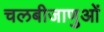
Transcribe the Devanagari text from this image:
चलबीजाणुओं